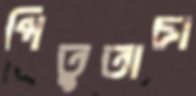
পিতুতাচা